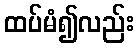
ထပ်မံ၍လည်း